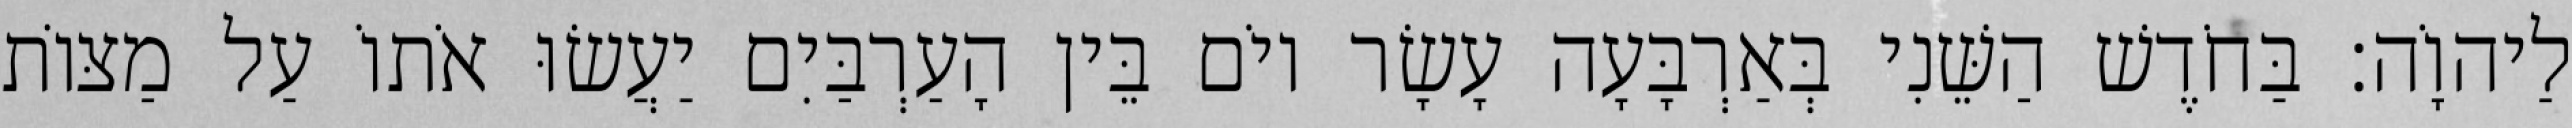
לַיהוָֹה׃ בַּחֹדֶשׁ הַשֵּׁנִי בְּאַרְבָּעָה עָשָׂר יוֹם בֵּין הָעַרְבַּיִם יַעֲשׂוּ אֹתוֹ עַל מַצּוֹת